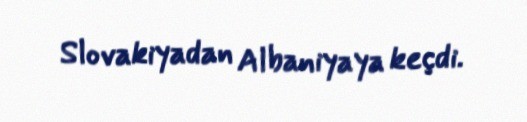
Slovakiyadan Albaniyaya keçdi.